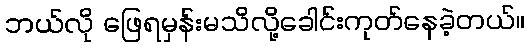
ဘယ်လို ဖြေရမှန်းမသိလို့ခေါင်းကုတ်နေခဲ့တယ်။